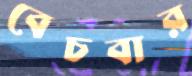
বেচবার